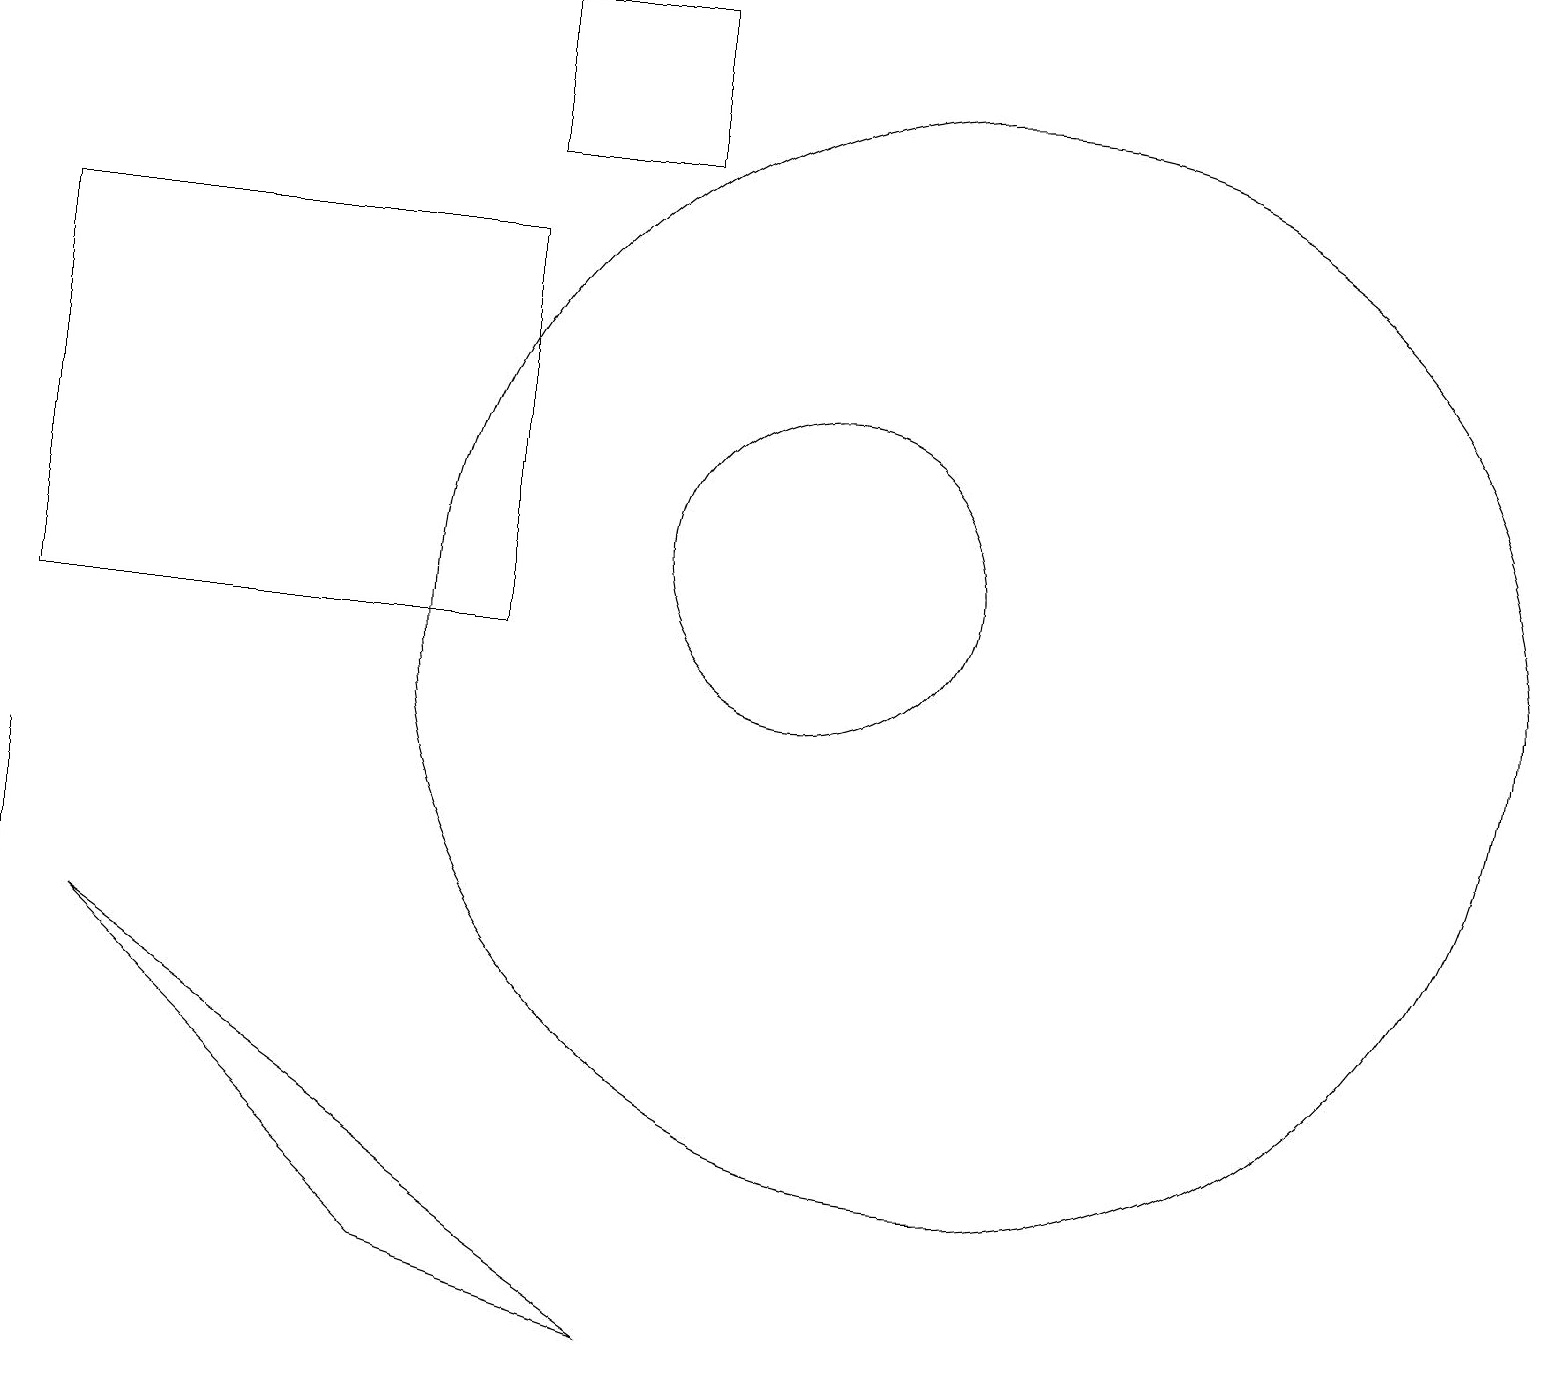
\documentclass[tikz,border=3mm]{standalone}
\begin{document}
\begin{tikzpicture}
\draw (12,10) circle (7);
\draw (10,11) circle (0);
\draw (10,11) circle (2);
\draw (0,6) -- (0,8) -- (0,1) -- cycle;
\draw (6,10) rectangle (0,15);
\draw (5,2) -- (8,1) -- (1,6) -- cycle;
\draw (8,16) rectangle (6,18);
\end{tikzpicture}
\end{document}